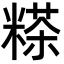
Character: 𥻹